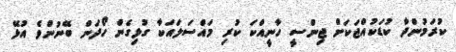
ކުރަމުންދާ ކުޑަކުއްޖަކަށް ޖިންސީ ހާނީއްކަ ކުރި މައްސަލައަކާ ގުޅިގެން ހޯދަން ބޭނުންވެ އުޅޭ